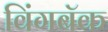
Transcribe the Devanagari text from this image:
विंगबॅक